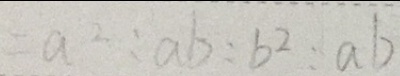
= a ^ { 2 } : a b : b ^ { 2 } : a b